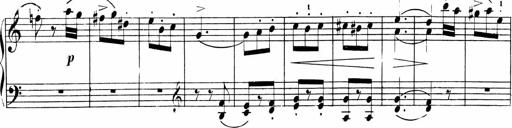
Title: Sonatinas
Composer: Andrew Violette